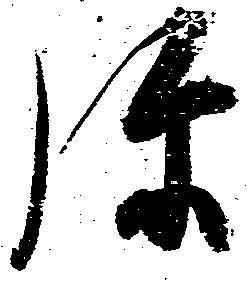
弥